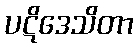
ပဋိဒေသိတာ